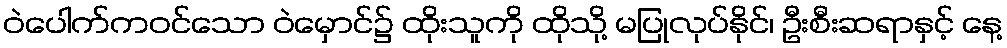
ဝဲပေါက်ကဝင်သော ဝဲမှောင်၌ ထိုးသူကို ထိုသို့ မပြုလုပ်နိုင်၊ ဦးစီးဆရာနှင့် နေ့